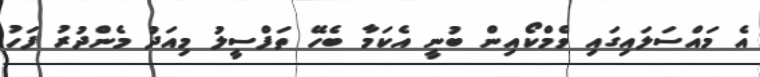
އެ މައްސަލައިގައި ވެމްކޯއިން ބުނީ އެކަމާ ބެހޭ ތަފްސީލު މިއަދު މެންދުރު ފަހު